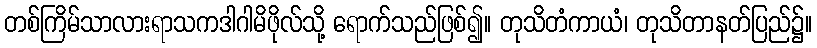
တစ်ကြိမ်သာလားရာသကဒါဂါမိဖိုလ်သို့ ရောက်သည်ဖြစ်၍။ တုသိတံကာယံ၊ တုသိတာနတ်ပြည်၌။